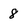
Character: 8